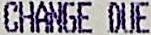
CHANGE DUE